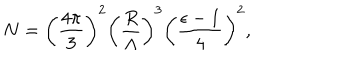
N = \left( \frac { 4 \pi } { 3 } \right) ^ { 2 } \left( \frac { R } { \Lambda } \right) ^ { 3 } \left( \frac { \epsilon - 1 } { 4 } \right) ^ { 2 } ,